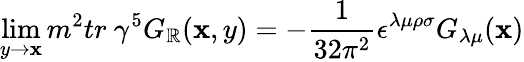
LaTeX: \operatorname*{lim}_{y\rightarrow\mathbf{x}}m^{2}tr\ \gamma^{5}G_{\mathbb{R}}(\mathbf{x},y)=-\frac{{1}}{{32\pi^{2}}}\epsilon^{\lambda\mu\rho\sigma}G_{\lambda\mu}(\mathbf{x})